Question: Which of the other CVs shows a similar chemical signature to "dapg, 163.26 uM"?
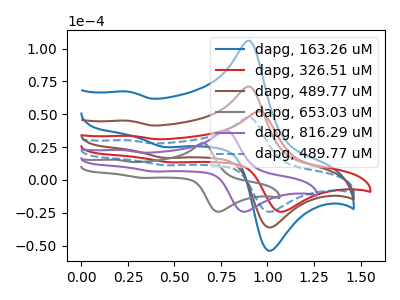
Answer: <think>The blue curve "dapg, 163.26 uM" has anodic peaks at (0.90V, 141.80uA) (0.25V, 90.05uA) and cathodic peaks at (1.05V, -70.90uA) (0.45V, 33.45uA). The red curve "dapg, 326.51 uM" has anodic peaks at (0.95V, 51.95uA) (0.25V, 33.50uA) and cathodic peaks at (1.10V, -23.75uA) (0.50V, 13.40uA). The brown curve "dapg, 489.77 uM" has anodic peaks at (0.90V, 70.90uA) (0.25V, 45.05uA) and cathodic peaks at (1.05V, -35.45uA) (0.45V, 16.70uA). The gray curve "dapg, 653.03 uM" has anodic peaks at (0.65V, 28.00uA) (0.20V, 15.35uA) and cathodic peaks at (0.75V, -23.90uA) (0.35V, 1.55uA). The purple curve "dapg, 816.29 uM" has anodic peaks at (0.80V, 37.80uA) (0.20V, 22.80uA) and cathodic peaks at (0.90V, -23.85uA) (0.40V, 6.40uA). The blue dashed curve "dapg, 489.77 uM" has anodic peaks at (0.90V, 47.55uA) (0.25V, 30.20uA) and cathodic peaks at (1.05V, -23.75uA) (0.45V, 11.20uA).
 "dapg, 163.26 uM" and "dapg, 326.51 uM" have at least one peak that do not match. All the peaks in "dapg, 163.26 uM" have a peak in "dapg, 489.77 uM" at the same potential. "dapg, 163.26 uM" and "dapg, 653.03 uM" have at least one peak that do not match. "dapg, 163.26 uM" and "dapg, 816.29 uM" have at least one peak that do not match. All the peaks in "dapg, 163.26 uM" have a peak in "dapg, 489.77 uM" at the same potential. "dapg, 326.51 uM" and "dapg, 489.77 uM" have at least one peak that do not match. "dapg, 326.51 uM" and "dapg, 653.03 uM" have at least one peak that do not match. "dapg, 326.51 uM" and "dapg, 816.29 uM" have at least one peak that do not match. "dapg, 326.51 uM" and "dapg, 489.77 uM" have at least one peak that do not match. "dapg, 489.77 uM" and "dapg, 653.03 uM" have at least one peak that do not match. "dapg, 489.77 uM" and "dapg, 816.29 uM" have at least one peak that do not match. All the peaks in "dapg, 489.77 uM" have a peak in "dapg, 489.77 uM" at the same potential. "dapg, 653.03 uM" and "dapg, 816.29 uM" have at least one peak that do not match. "dapg, 653.03 uM" and "dapg, 489.77 uM" have at least one peak that do not match. "dapg, 816.29 uM" and "dapg, 489.77 uM" have at least one peak that do not match.</think>
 <answer>"dapg, 163.26 uM" and "dapg, 489.77 uM" have a similar shape to "dapg, 489.77 uM".</answer>
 <eval>"dapg, 163.26 uM" "dapg, 489.77 uM"</eval>